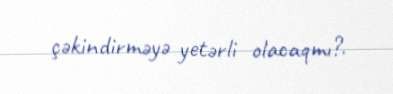
çəkindirməyə yetərli olacaqmı?.